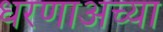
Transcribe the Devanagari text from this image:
धरणाअच्या